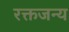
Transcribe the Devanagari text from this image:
रक्तजन्य